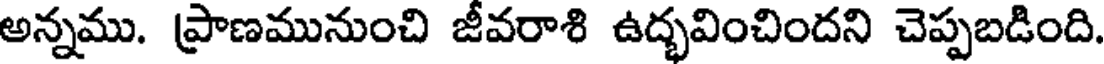
అన్నము. ప్రాణమునుంచి జీవరాశి ఉద్భవించిందని చెప్పబడింది.